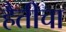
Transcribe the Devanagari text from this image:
हैतीचा